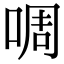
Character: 啁